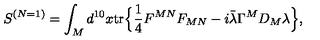
S ^ { ( N = 1 ) } = \int _ { M } d ^ { 1 0 } x \mathrm { t r } \Bigr \{ \mathrm { \large \frac { 1 } { 4 } } F ^ { M N } F _ { M N } - i \bar { \lambda } \Gamma ^ { M } D _ { M } \lambda \Bigr \} ,